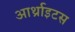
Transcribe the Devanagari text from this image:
आर्थ्राइटस